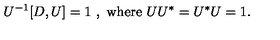
U ^ { - 1 } [ D , U ] = 1 \ , \ \mathrm { w h e r e } \ U U ^ { * } = U ^ { * } U = 1 .